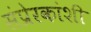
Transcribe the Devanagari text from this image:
संप्रेरकांशी